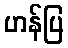
ဟန်ပြ